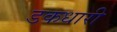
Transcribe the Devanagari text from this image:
डकधारी